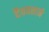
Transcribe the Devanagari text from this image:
दैववशाने